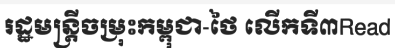
រដ្ឋមន្ត្រីចម្រុះកម្ពុជា-ថៃ លើកទី៣Read